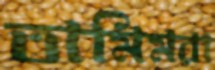
তামিমরা